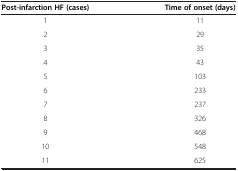
<table><thead><tr><td><b>Post-infarction HF (cases)</b></td><td><b>Time of onset (days)</b></td></tr></thead><tbody><tr><td>1</td><td>11</td></tr><tr><td>2</td><td>29</td></tr><tr><td>3</td><td>35</td></tr><tr><td>4</td><td>43</td></tr><tr><td>5</td><td>103</td></tr><tr><td>6</td><td>233</td></tr><tr><td>7</td><td>237</td></tr><tr><td>8</td><td>326</td></tr><tr><td>9</td><td>468</td></tr><tr><td>10</td><td>548</td></tr><tr><td>11</td><td>625</td></tr></tbody></table>